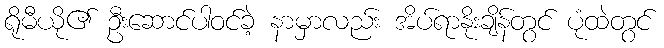
ရိုမီယို၏ ဦးဆောင်ပါဝင်ခဲ့ နာမှာလည်း အိပ်ရာနိုးချိန်တွင် ပုံထဲတွင်